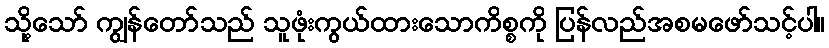
သို့သော် ကျွန်တော်သည် သူဖုံးကွယ်ထားသောကိစ္စကို ပြန်လည်အစမဖော်သင့်ပါ။